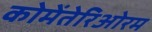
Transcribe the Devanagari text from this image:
कोमेंतेरिओरम